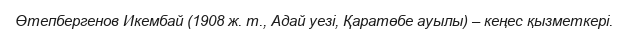
Өтепбергенов Икембай (1908 ж. т., Адай уезі, Қаратөбе ауылы) – кеңес қызметкері.